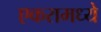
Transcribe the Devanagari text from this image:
एकरामध्ये